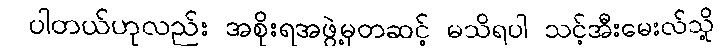
ပါတယ်ဟုလည်း အစိုးရအဖွဲ့မှတဆင့် မသိရပါ သင့်အီးမေးလ်သို့